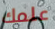
علمك